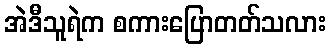
အဲဒီသူရဲက စကားပြောတတ်သလား